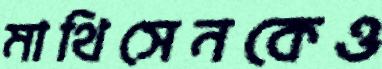
মাথিসেনকেও